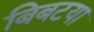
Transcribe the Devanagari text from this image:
बिबटया